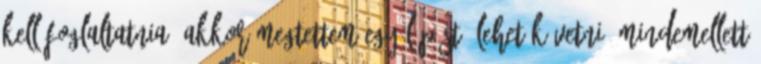
kell foglaltatnia, akkor megtettem egy lépést, lehet követni. Mindemellett